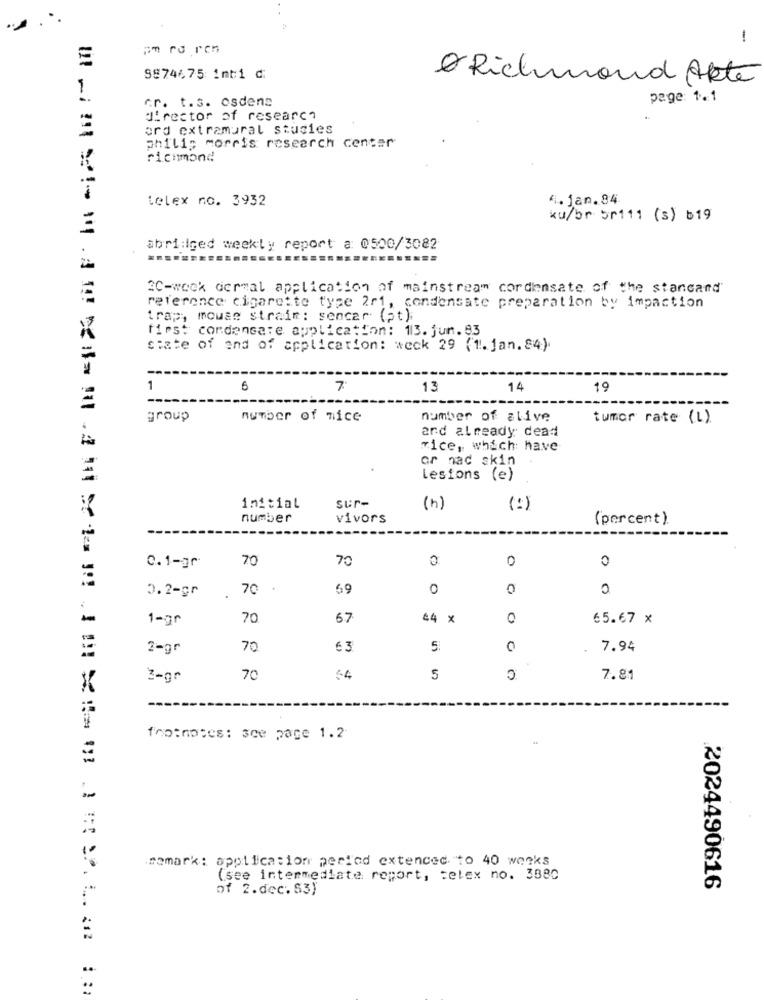
...
-
om ru ren
9974675 inti d:
Richmond Akte
1
cr. t.s. osdens
page: 1. 1
director of research
ord extramural stucies
philip morris research center
richmond
telex no. 3932
4.jan.84
ku/br 5r111 (s) b19
=
abri:iced weekly report a: 0500/3082
.......==
2C-wook dermal application of mainstream condensate of the stancand
reference cigarette type 2r1, condensate preparation by impaction
trap, mouse straim: sencar (pt);
first condensate application: 113. jun.93
state of and of application: weck 29 (1. jan.84).
---
1
0
7
13
14
19
---
group
number of mice
number of alive
tumor rate (L).
and already dead
rice, which have
or nad skin
Lesions (e)
initial
sur-
(h)
(%)
number
vivors
(percent).
70
70
0
0
0.1-gr
0.2-gr
70
69
0
0
0
1-gr
70
67
44 x
65.67 x
2-gr
70
63
5:
0
7.94
C
3-gr
70
54
5
7.81
X
memark: application period extended to 40 weeks
(see intermediate report, telex no. 3880
of 2.dec.53)
2024490616
..
..